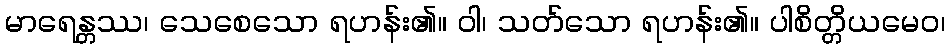
မာရေန္တဿ၊ သေစေသော ရဟန်း၏။ ဝါ၊ သတ်သော ရဟန်း၏။ ပါစိတ္တိယမေဝ၊